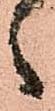
々